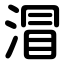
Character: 㴘